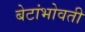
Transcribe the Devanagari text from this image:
बेटांभोवती